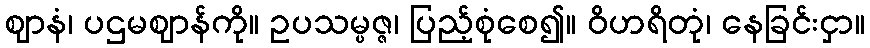
ဈာနံ၊ ပဌမဈာန်ကို။ ဥပသမ္ပဇ္ဇ၊ ပြည့်စုံစေ၍။ ဝိဟရိတုံ၊ နေခြင်းငှာ။